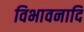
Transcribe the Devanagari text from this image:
विभावनादि